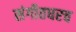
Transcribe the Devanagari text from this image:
संगीतघरच